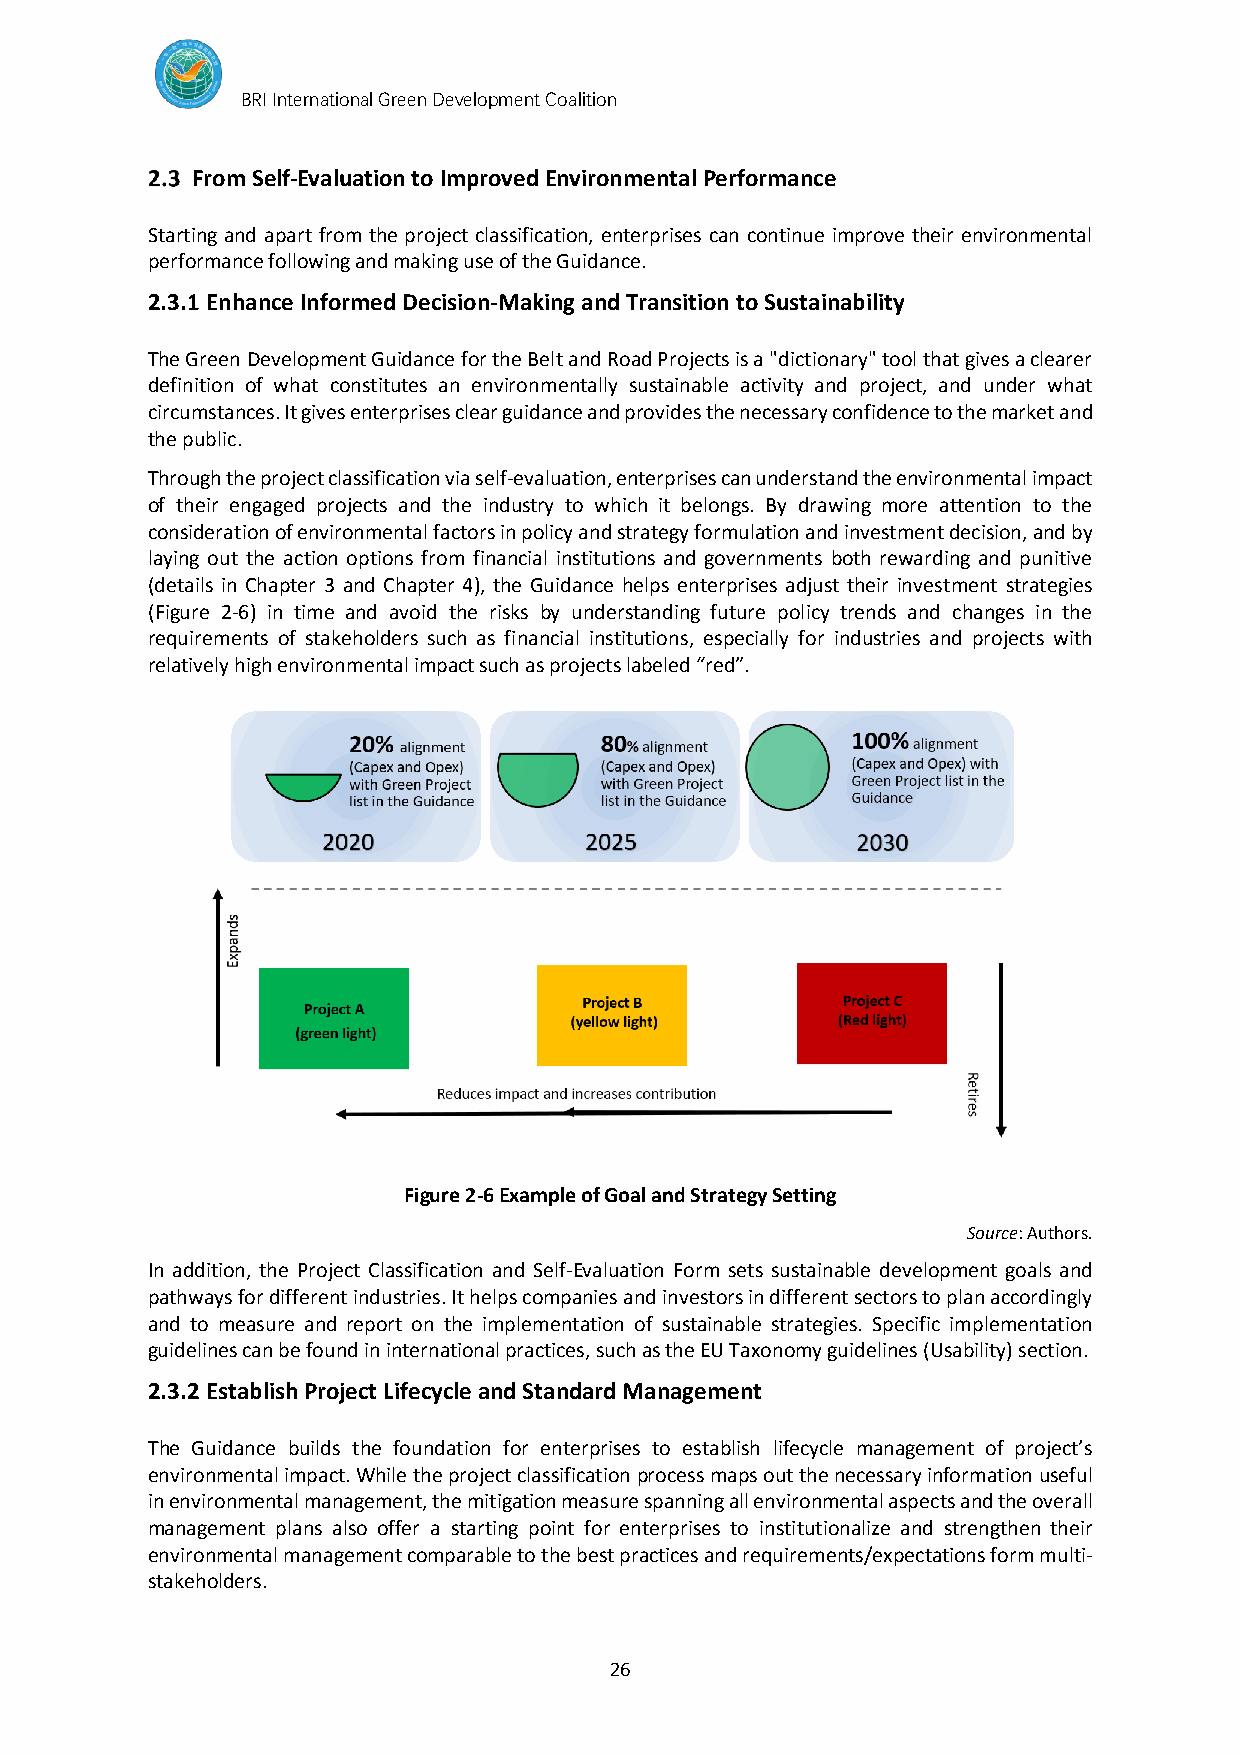
BRI International Green Development Coalition
 From Self-Evaluation to Improved Environmental Performance
 Starting and apart from the project classification, enterprises can continue improve their environmental
 performance following and making use of the Guidance.
 2.3.1 Enhance Informed Decision-Making and Transition to Sustainability
 The Green Development Guidance for the Belt and Road Projects is a "dictionary" tool that gives a clearer
 definition of what constitutes an environmentally sustainable activity and project, and under what
 circumstances. It gives enterprises clear guidance and provides the necessary confidence to the market and
 the public.
 Through the project classification via self-evaluation, enterprises can understand the environmental impact
 of their engaged projects and the industry to which it belongs. By drawing more attention to the
 consideration of environmental factors in policy and strategy formulation and investment decision, and by
 laying out the action options from financial institutions and governments both rewarding and punitive
 (details in Chapter 3 and Chapter 4), the Guidance helps enterprises adjust their investment strategies
 (Figure 2-6) in time and avoid the risks by understanding future policy trends and changes in the
 requirements of stakeholders such as financial institutions, especially for industries and projects with
 relatively high environmental impact such as projects labeled “red”.
 Figure 2-6 Example of Goal and Strategy Setting
 Source: Authors.
 In addition, the Project Classification and Self-Evaluation Form sets sustainable development goals and
 pathways for different industries. It helps companies and investors in different sectors to plan accordingly
 and to measure and report on the implementation of sustainable strategies. Specific implementation
 guidelines can be found in international practices, such as the EU Taxonomy guidelines (Usability) section.
 2.3.2 Establish Project Lifecycle and Standard Management
 The Guidance builds the foundation for enterprises to establish lifecycle management of project’s
 environmental impact. While the project classification process maps out the necessary information useful
 in environmental management, the mitigation measure spanning all environmental aspects and the overall
 management plans also offer a starting point for enterprises to institutionalize and strengthen their
 environmental management comparable to the best practices and requirements/expectations form multi-
 stakeholders.
 26